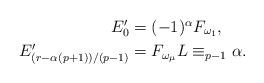
LaTeX: \begin{align*}\textstyle E_0' & \textstyle =(-1)^\alpha F_{\omega_1}, \\\textstyle E_{(r-\alpha(p+1))/(p-1)}' & \textstyle=F_{\omega_\mu} L \equiv_{p-1} \alpha.\end{align*}